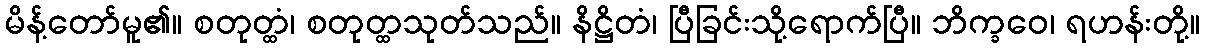
မိန့်တော်မူ၏။ စတုတ္ထံ၊ စတုတ္ထသုတ်သည်။ နိဋ္ဌိတံ၊ ပြီခြင်းသို့ရောက်ပြီ။ ဘိက္ခဝေ၊ ရဟန်းတို့။